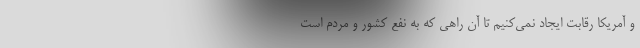
و آمریکا رقابت ایجاد نمی‌کنیم تا آن راهی که به نفع کشور و مردم است